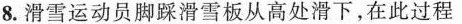
8.滑雪运动员脚踩滑雪板从高处滑下，在此过程